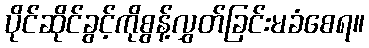
ပိုင်ဆိုင်ခွင့်ကိုစွန့်လွှတ်ခြင်းမခံစေရ။